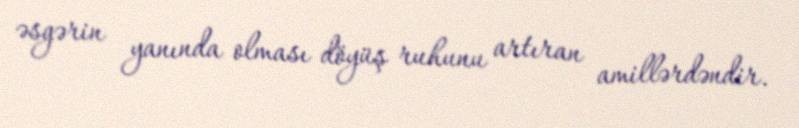
əsgərin yanında olması döyüş ruhunu artıran amillərdəndir.